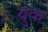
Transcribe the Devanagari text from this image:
युक